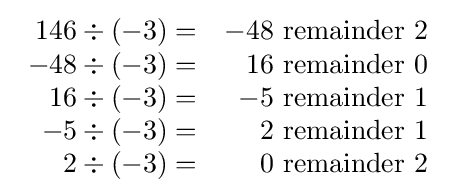
{\begin{array}{rr}146\div (-3)=&-48~\mathrm {remainder} ~2\\-48\div (-3)=&16~\mathrm {remainder} ~0\\16\div (-3)=&-5~\mathrm {remainder} ~1\\-5\div (-3)=&2~\mathrm {remainder} ~1\\2\div (-3)=&0~\mathrm {remainder} ~2\end{array}}